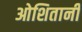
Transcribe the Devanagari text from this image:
ओशितानी